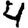
Digit: 4